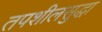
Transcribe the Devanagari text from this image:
तपशीलसुद्धा